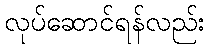
လုပ်ဆောင်ရန်လည်း